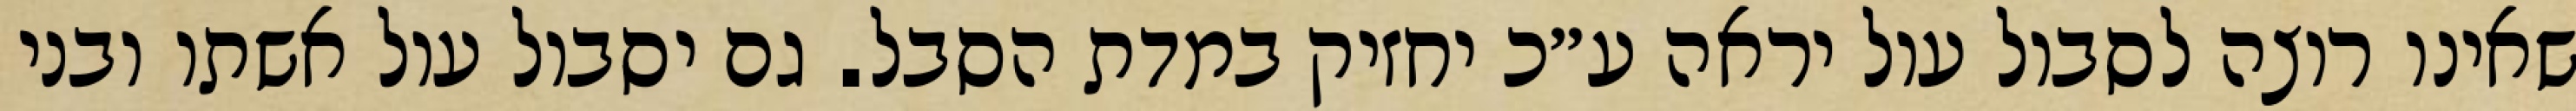
שאינו רוצה לסבול עול יראה ע״כ יחזיק במדת הסבל. גם יסבול עול אשתו ובני